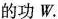
的功W。